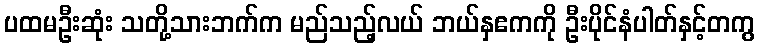
ပထမဦးဆုံး သတို့သားဘက်က မည်သည့်လယ် ဘယ်နှဧကကို ဦးပိုင်နံပါတ်နှင့်တကွ